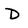
Character: D